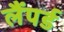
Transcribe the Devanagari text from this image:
लैंपर्ड